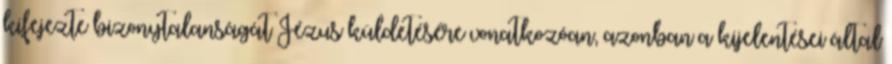
kifejezte bizonytalanságát Jézus küldetésére vonatkozóan, azonban a kijelentései által